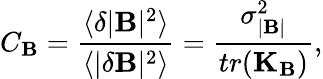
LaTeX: C_{\mathbf{B}}=\frac{{\langle\delta|\mathbf{{\mathbf{B}}}|^{2}\rangle}}{{\langle|\delta\mathbf{{\mathbf{B}}}|^{2}\rangle}}=\frac{{\sigma_{|\mathbf{{\mathbf{B}}}|}^{2}}}{{tr(\mathbf{{K}}_{\mathbf{{\mathbf{B}}}})}},